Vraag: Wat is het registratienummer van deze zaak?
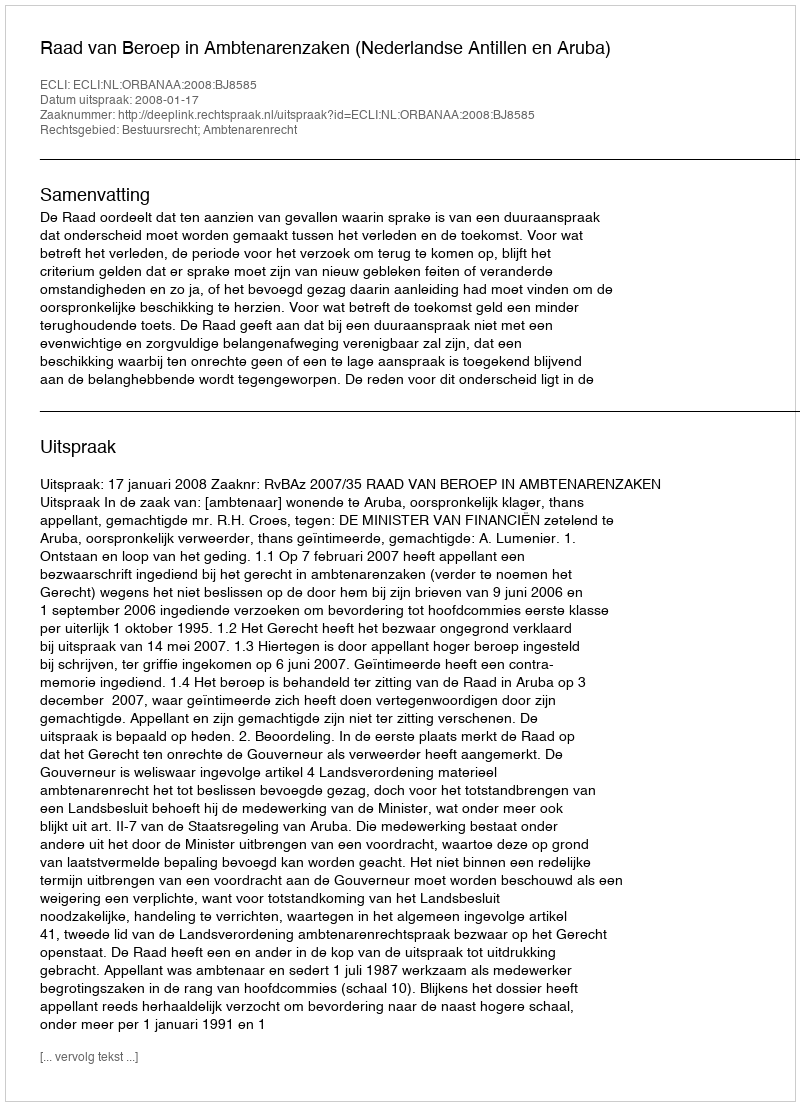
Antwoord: http://deeplink.rechtspraak.nl/uitspraak?id=ECLI:NL:ORBANAA:2008:BJ8585